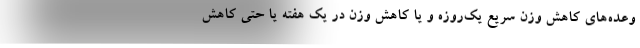
وعده‌های کاهش وزن سریع یک‌روزه و یا کاهش وزن در یک هفته یا حتی کاهش